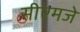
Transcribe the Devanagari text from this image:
सीएमजे